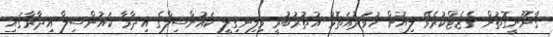
ޤާނޫނީގޮތުން ގެޒެޓްކުރެވޭ ލިޔުން ހުވަދުއަތޮޅު އުތުރުބުރީ ވިލިނގިލީ ކައުންސިލްގެ އިދާރާ ކައުންސިލް އިދާރާގައި